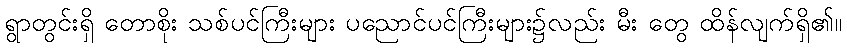
ရွာတွင်းရှိ တောစိုး သစ်ပင်ကြီးများ ပညောင်ပင်ကြီးများ၌လည်း မီး တွေ ထိန်လျက်ရှိ၏။